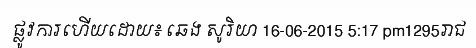
ផ្លូវការហើយដោយ៖ ឆេង សូរិយា 16-06-2015 5:17 pm1295រាជ